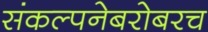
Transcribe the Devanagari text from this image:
संकल्पनेबरोबरच